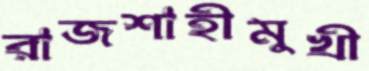
রাজশাহীমুখী